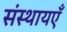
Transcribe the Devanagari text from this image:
संस्थायएँ